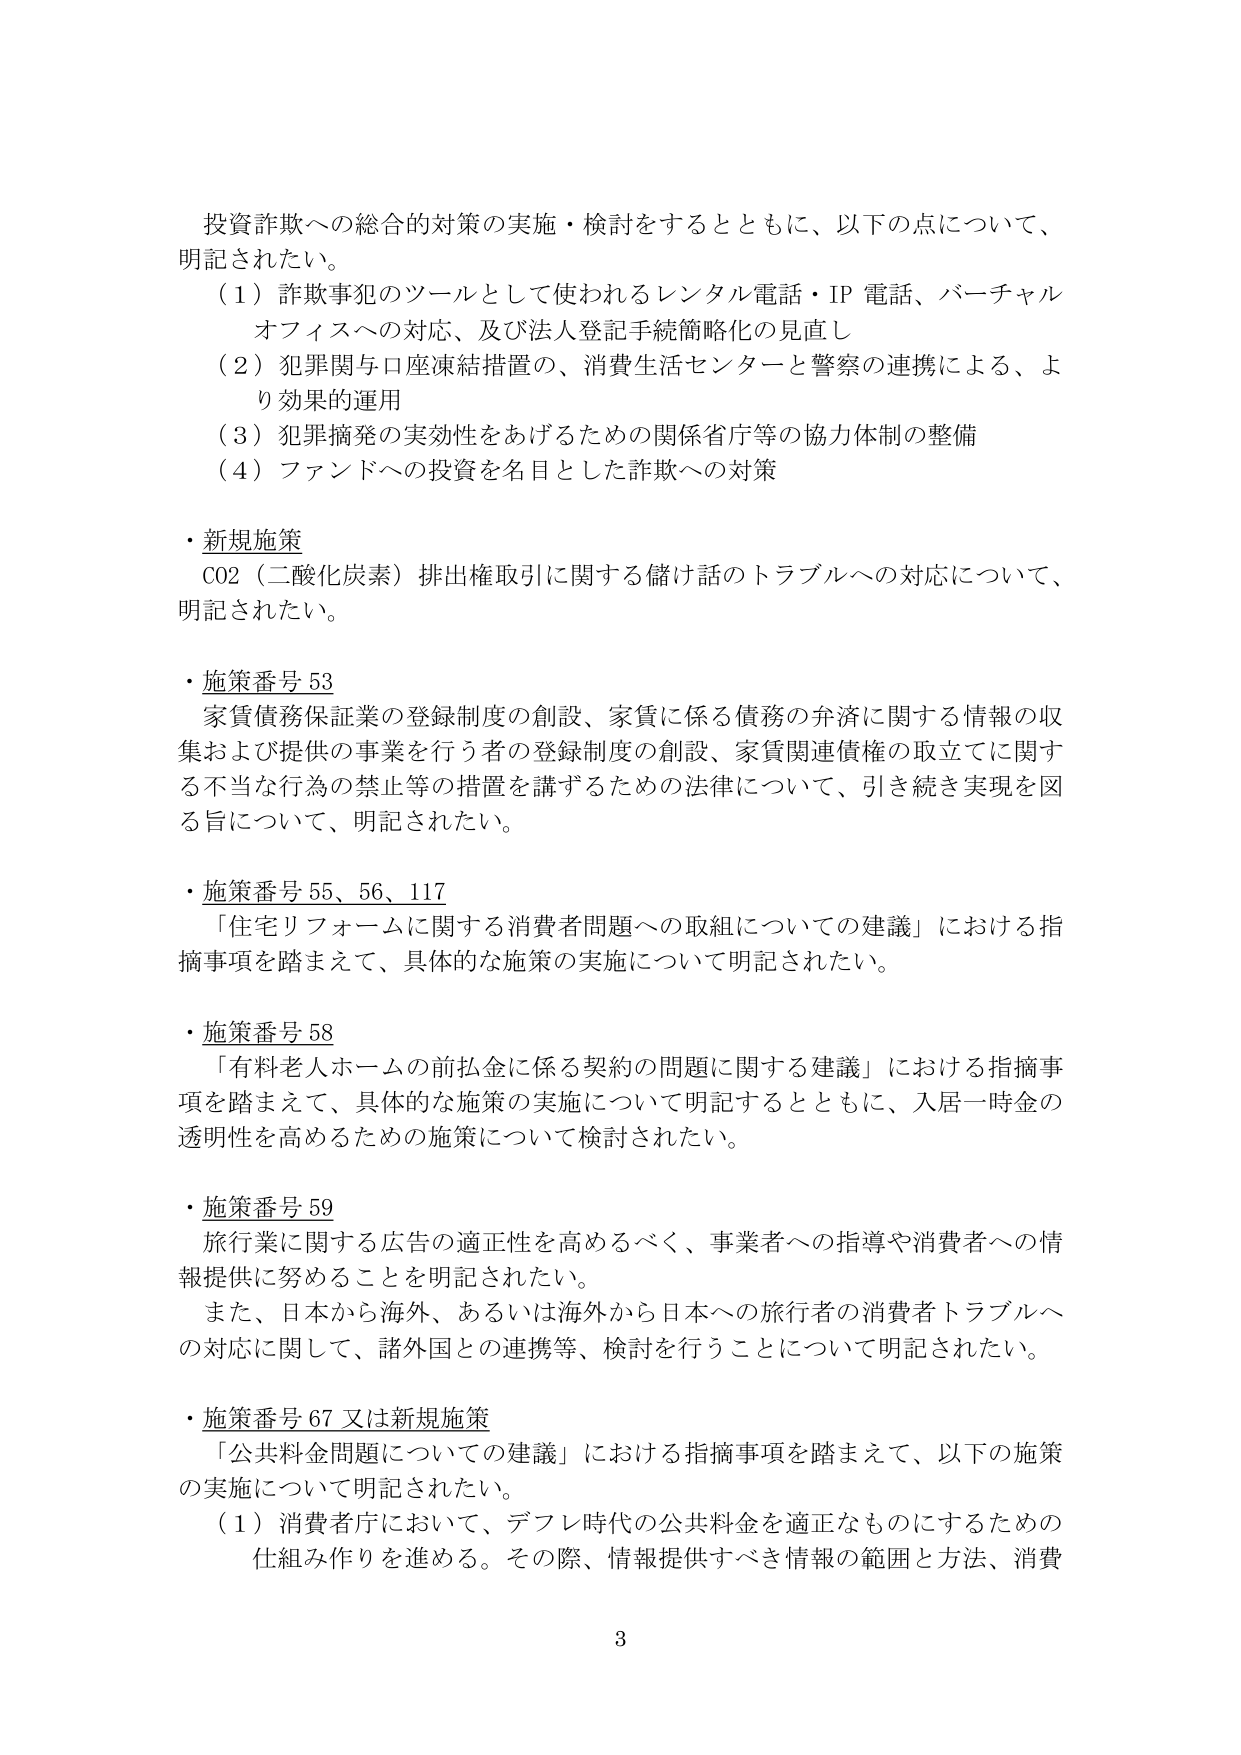
投資詐欺への総合的対策の実施・検討をするとともに、以下の点について、
明記されたい。
（１）詐欺事犯のツールとして使われるレンタル電話・IP 電話、バーチャル
オフィスへの対応、及び法人登記手続簡略化の見直し
（２）犯罪関与口座凍結措置の、消費生活センターと警察の連携による、よ
り効果的運用
（３）犯罪摘発の実効性をあげるための関係省庁等の協力体制の整備
（４）ファンドへの投資を名目とした詐欺への対策

・新規施策
CO2（二酸化炭素）排出権取引に関する儲け話のトラブルへの対応について、
明記されたい。

・施策番号 53
家賃債務保証業の登録制度の創設、家賃に係る債務の弁済に関する情報の収
集および提供の事業を行う者の登録制度の創設、家賃関連債権の取立てに関す
る不当な行為の禁止等の措置を講ずるための法律について、引き続き実現を図
る旨について、明記されたい。

・施策番号 55、56、117
「住宅リフォームに関する消費者問題への取組についての建議」における指
摘事項を踏まえて、具体的な施策の実施について明記されたい。

・施策番号 58
「有料老人ホームの前払金に係る契約の問題に関する建議」における指摘事
項を踏まえて、具体的な施策の実施について明記するとともに、入居一時金の
透明性を高めるための施策について検討されたい。

・施策番号 59
旅行業に関する広告の適正性を高めるべく、事業者への指導や消費者への情
報提供に努めることを明記されたい。
また、日本から海外、あるいは海外から日本への旅行者の消費者トラブルへ
の対応に関して、諸外国との連携等、検討を行うことについて明記されたい。

・施策番号 67 又は新規施策
「公共料金問題についての建議」における指摘事項を踏まえて、以下の施策
の実施について明記されたい。
（１）消費者庁において、デフレ時代の公共料金を適正なものにするための
仕組み作りを進める。その際、情報提供すべき情報の範囲と方法、消費

3